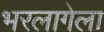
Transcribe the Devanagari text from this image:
भरलागेला